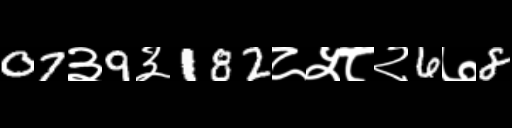
Text: 07३9३182८५८२6७8